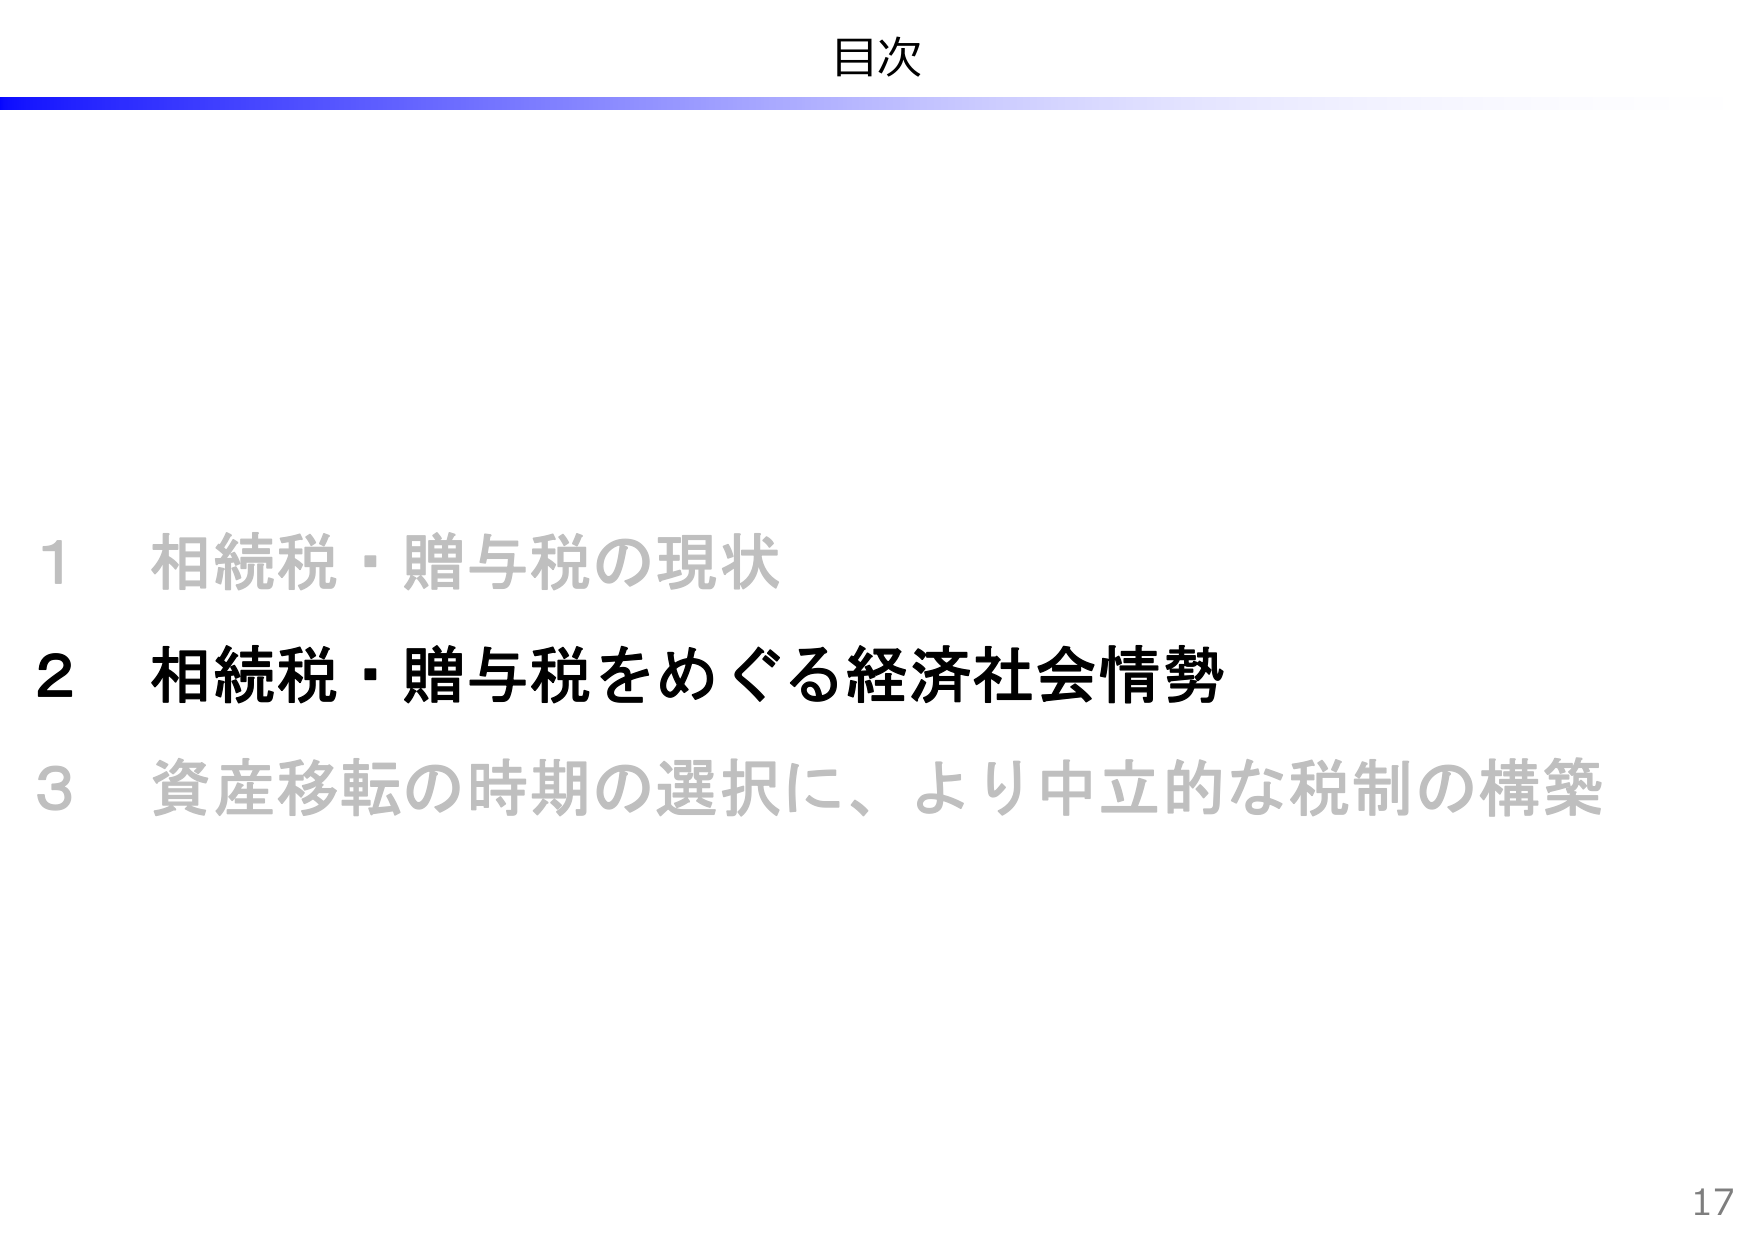
目次

1 相続税・贈与税の現状
2 相続税・贈与税をめぐる経済社会情勢
3 資産移転の時期の選択に、より中立的な税制の構築

17